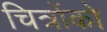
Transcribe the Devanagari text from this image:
चित्रोंको